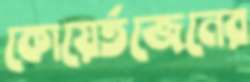
কোয়ের্তজেনের